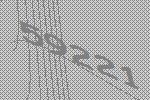
59221